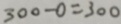
3 0 0 - 0 = 3 0 0